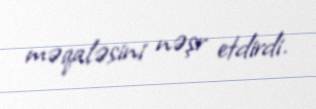
məqaləsini nəşr etdirdi.